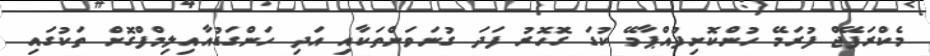
މެކްރަފޭޖް ފުރަމޭ ހުންކޮށިފުއްޕާމޭ ކުޑަ ގޮހޮރު ފަދަ ގުނަވަންތަކާއި އަދި ހަންގަޑުއާއިލިމްފްގޮށް ތަކުގައި